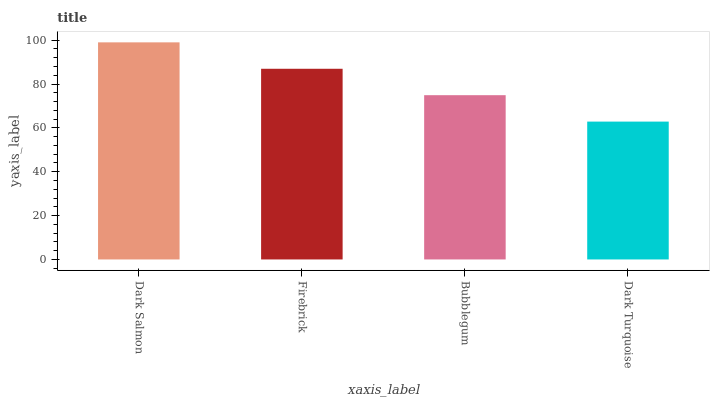
| xaxis_label | bars |
 | --- | --- |
 | Dark Salmon | 99 |
 | Firebrick | 87 |
 | Bubblegum | 74.9 |
 | Dark Turquoise | 62.9 |